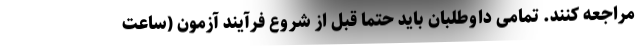
مراجعه کنند. تمامی داوطلبان باید حتماً قبل از شروع فرآیند آزمون (ساعت